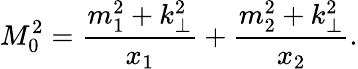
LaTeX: M_{0}^{2}={\frac{m_{1}^{2}+k_{\bot}^{2}}{x_{1}}}+{\frac{m_{2}^{2}+k_{\bot}^{2}}{x_{2}}}.